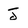
Character: J